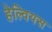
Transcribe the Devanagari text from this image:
हेल्वियस